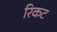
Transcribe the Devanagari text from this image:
रिकट